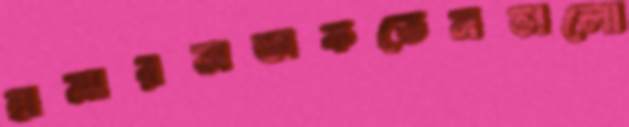
হামারসডাকতেনভালো